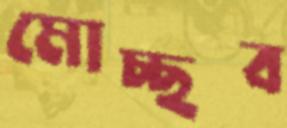
মোচ্ছব